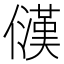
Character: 𪝳